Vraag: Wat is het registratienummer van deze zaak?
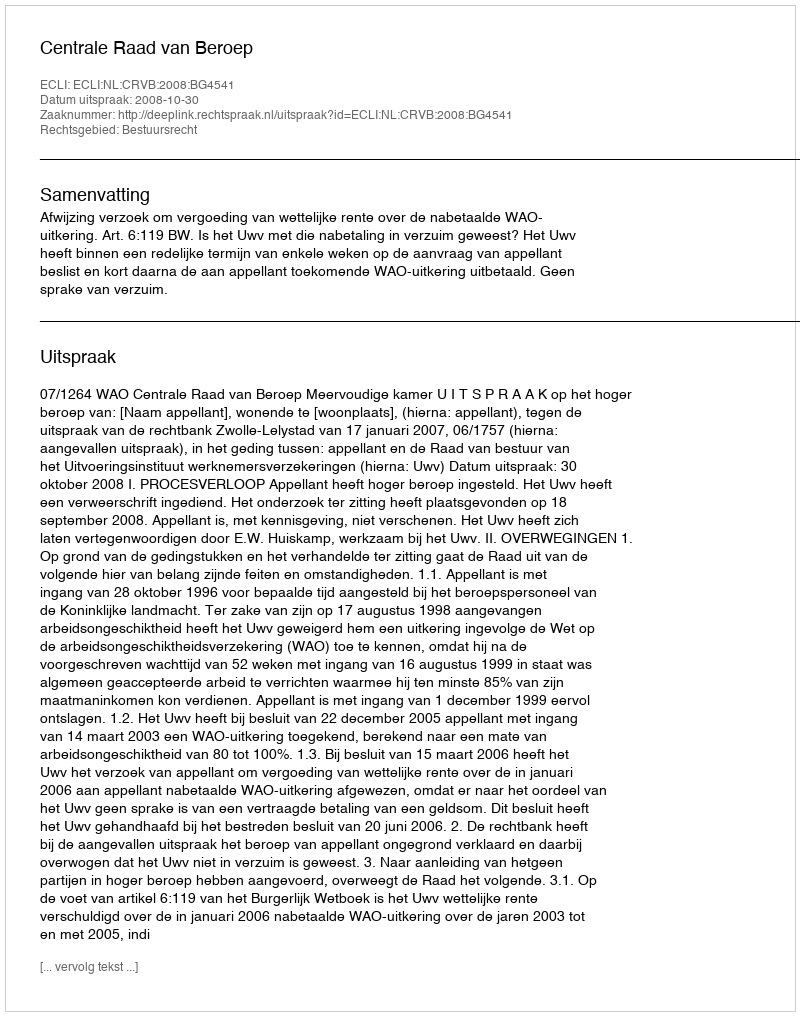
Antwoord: http://deeplink.rechtspraak.nl/uitspraak?id=ECLI:NL:CRVB:2008:BG4541